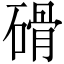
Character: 磆